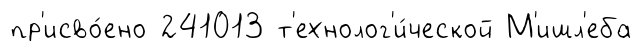
пр'исво́ено 241013 т'ехнолог'и́ческой М'ишл'еба